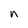
Character: n